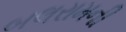
બલરામની